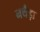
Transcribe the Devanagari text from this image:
नथैड़ा